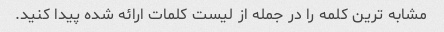
مشابه ترین کلمه را در جمله از لیست کلمات ارائه شده پیدا کنید.